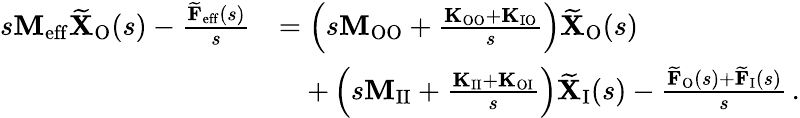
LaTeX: \begin{array}{rl}{s\mathbf{M}_{\mathrm{eff}}\widetilde{\mathbf{X}}_{\mathrm{O}}(s)-\frac{\widetilde{\mathbf{F}}_{\mathrm{eff}}(s)}{s}}&{=\left(s\mathbf{M}_{\mathrm{OO}}+\frac{\mathbf{K}_{\mathrm{OO}}+\mathbf{K}_{\mathrm{IO}}}{s}\right)\widetilde{\mathbf{X}}_{\mathrm{O}}(s)}\\ &{\quad+\left(s\mathbf{M}_{\mathrm{II}}+\frac{\mathbf{K}_{\mathrm{II}}+\mathbf{K}_{\mathrm{OI}}}{s}\right)\widetilde{\mathbf{X}}_{\mathrm{I}}(s)-\frac{\widetilde{\mathbf{F}}_{\mathrm{O}}(s)+\widetilde{\mathbf{F}}_{\mathrm{I}}(s)}{s}\, .}\end{array}